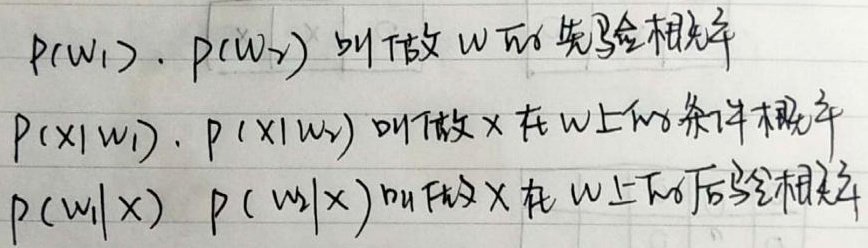
\(P(\omega_1),P(\omega_2)\)叫做\(\omega\)的先验概率，\(P(x|\omega_1),P(x|\omega_2)\)叫做\(x\)在\(\omega\)上的条件概率，\(P(\omega_1|x),P(\omega_2|x)\)叫做\(x\)在\(\omega\)上的后验概率。